Annual report of the Punjab Veterinary College and of the Civil Veterinary Department, Punjab - 1894-1908
Year: 1894
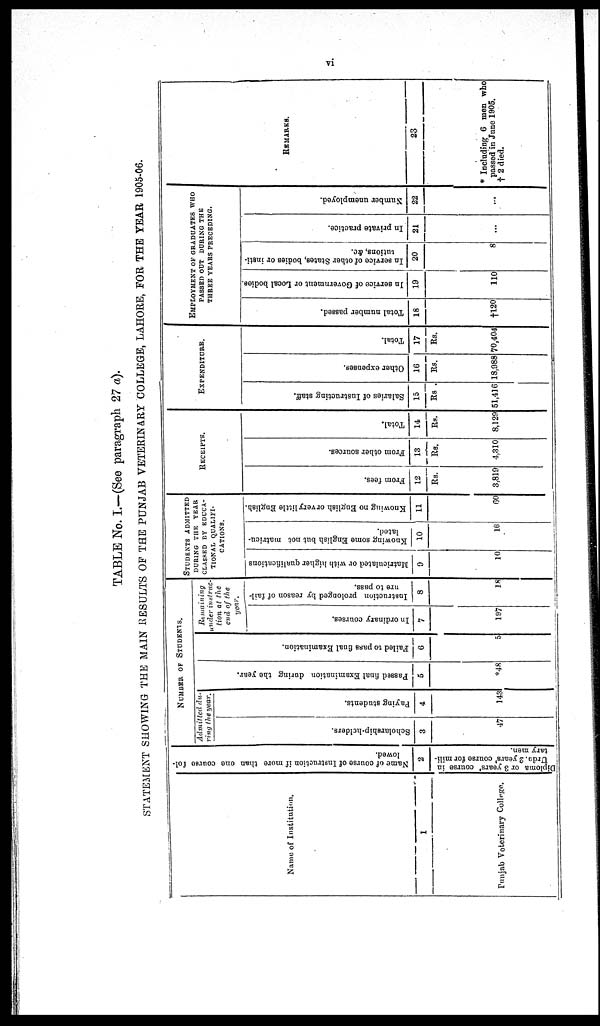
vi
TABLE No. I.—(See paragraph 27 a).
STATEMENT SHOWING THE MAIN RESULTS OF THE PUNJAB VETERINARY COLLEGE, LAHORE, FOR THE YEAR 1905-06.
Name of Institution.
1
Punjab Veterinary College.
Name of course of Instruction if more than one course fol-
lowed.
2
Diploma or 3 years' course in
Urdu. 2 years' course for mili-
tary men.
NUMBER
OF
STUDENTS.
Admitted du-
ring the year.
Scholarship-holders.
3
47
Paying students.
4
143
Pas s ed fi nal Exa mina tion dur i ng the year .
5
*48
Fai l
ed to pass final Exa mi na t
i
on.
6
5
Remaining
under instruc-
tion at the
end of the
year.
In ordinary courses.
7
197
Instruction prolonged by reason of fail-
-re
to pass.
8
18
STUDENTS
ADMITTED
DURING THE YEAR
CLASSED BY EDUCA-
TIONAL QUALIFI-
CATIONS.
Matriculated or with higher qualifications |
9
10
Knowing some English but not matricu-
lated.
10
16
Knowing no English orvery little English.
11
60
RECEIPTS.
Prom fees.
12
Rs.
3,819
From other sources.
13
Rs.
4,310
Total.
14
Rs.
8,129
EXPENDITURE.
Salaries of Instructing staff.
15
Rs .
51,416
Other expenses.
16
Rs.
18,988
Total.
17
Rs.
70,404
EMPLOYMENT OF GRADUATES
THREE YEARS PRECEDING.
Total number passed.
18
†120
In service of Government or Local bodies.
19
110
In service of other States, bodies or insti-
tutions, &c.
20
8
In private practice.
21
...
Number unemployed.
22
...
REMARKS.
23
* Including 6 men who
passed in June 1905.
† 2 died.